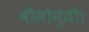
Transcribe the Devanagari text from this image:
वीसोन्यी।